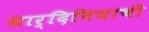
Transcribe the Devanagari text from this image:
सार्दिनियाची